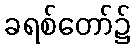
ခရစ်တော်၌